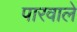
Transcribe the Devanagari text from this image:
पारवाले